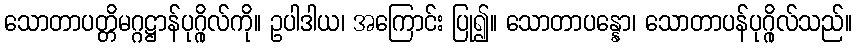
သောတာပတ္တိမဂ္ဂဋ္ဌာန်ပုဂ္ဂိုလ်ကို။ ဥပါဒါယ၊ အကြောင်း ပြု၍။ သောတာပန္နော၊ သောတာပန်ပုဂ္ဂိုလ်သည်။